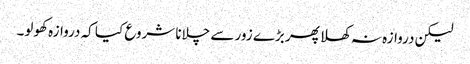
لیکن دروازہ نہ کھلا پھر بڑے زور سے چلانا شروع کیا کہ دروازہ کھولو۔